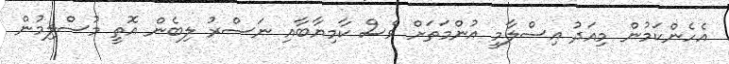
އެހެންކަމުން މިއަދު އިސްލާމީ އުންމަތަށް ވެސް ކާމިޔާބާއި ނަސްރު ލިބެން އޮތީ މުސްލިމުން